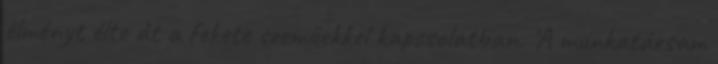
élményt élte át a fekete szeműekkel kapcsolatban. 'A munkatársam